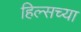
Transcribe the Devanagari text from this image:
हिल्सच्या